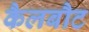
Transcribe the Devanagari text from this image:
कैलबौट